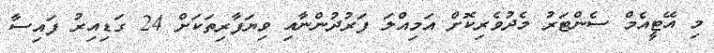
މި އޭޓީއެމް ސެންޓަރު މެދުވެރިކޮށް އަމިއްލަ ފަރުދުންނާއި ވިޔަފާރިތަކަށް 24 ގަޑިއިރު ފައިސާ